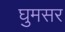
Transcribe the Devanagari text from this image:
घुमसर